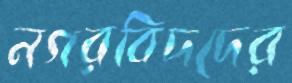
নগরবিদদের